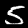
Label: 5